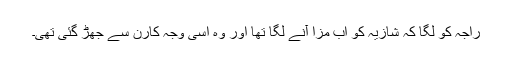
راجہ کو لگا کہ شازیہ کو اب مزا آنے لگا تھا اور وہ اسی وجہ کارن سے جھڑ گئی تھی۔